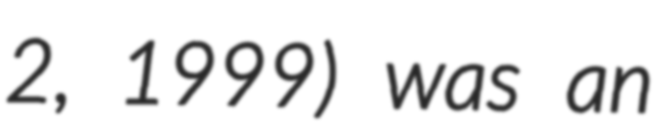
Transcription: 2, 1999) was an